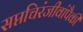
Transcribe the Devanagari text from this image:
सप्तचिरंजीवांपैकी